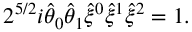
2 ^ { 5 / 2 } i \widehat { \theta } _ { 0 } \widehat { \theta } _ { 1 } \widehat { \xi } { } ^ { 0 } \widehat { \xi } { } ^ { 1 } \widehat { \xi } { } ^ { 2 } = 1 .